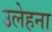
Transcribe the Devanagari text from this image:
उलेहना